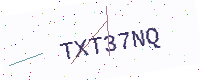
Text: TXT37NQ